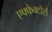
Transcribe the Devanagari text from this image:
एफ्फेक्टोर्स